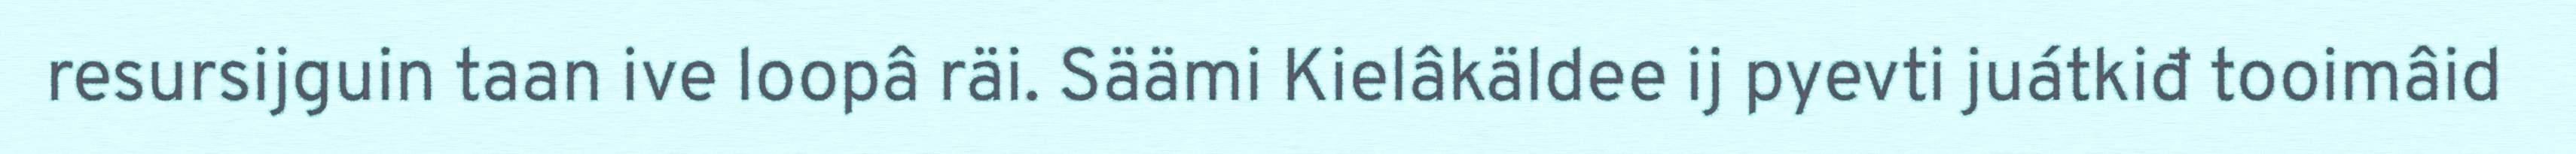
resursijguin taan ive loopâ räi. Säämi Kielâkäldee ij pyevti juátkiđ tooimâid